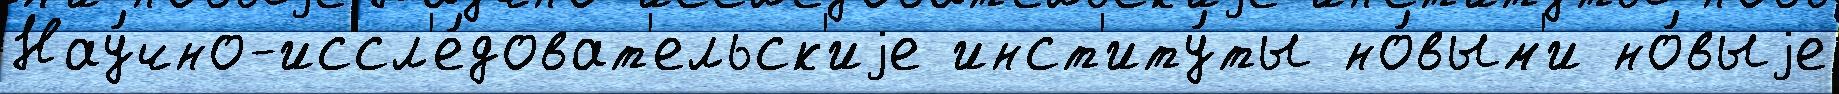
Нау́чно-иссл'е́доват'ельск'иjе инст'иту́ты но́вым'и но́выjе